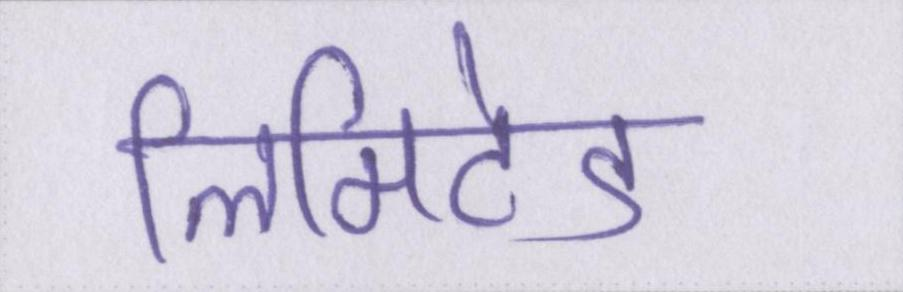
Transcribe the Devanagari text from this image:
लिमिटेड